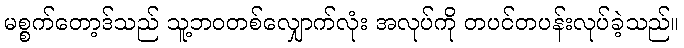
မစ္စက်တော့ဒ်သည် သူ့ဘဝတစ်လျှောက်လုံး အလုပ်ကို တပင်တပန်းလုပ်ခဲ့သည်။